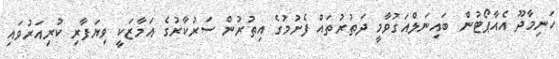
ހަނިމާދޫ އެއާޕޯޓުން ބައިނަލްއަގުވާމީ ދަތުރުތައް ފެށުމުގެ އިތުރުން ސަރުކާރުގެ އަމާޒަކީ ވިޔަފާރި ކުރިއަރުވައި